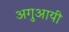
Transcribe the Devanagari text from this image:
अगुआयी